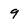
Character: 9